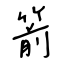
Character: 箭